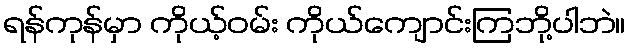
ရန်ကုန်မှာ ကိုယ့်ဝမ်း ကိုယ်ကျောင်းကြဘို့ပါဘဲ။